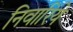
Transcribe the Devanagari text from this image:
निवारिये